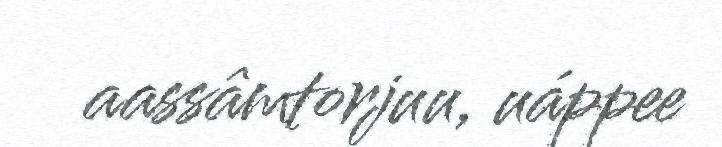
aassâmtorjuu, uáppee